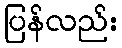
ပြန်လည်း